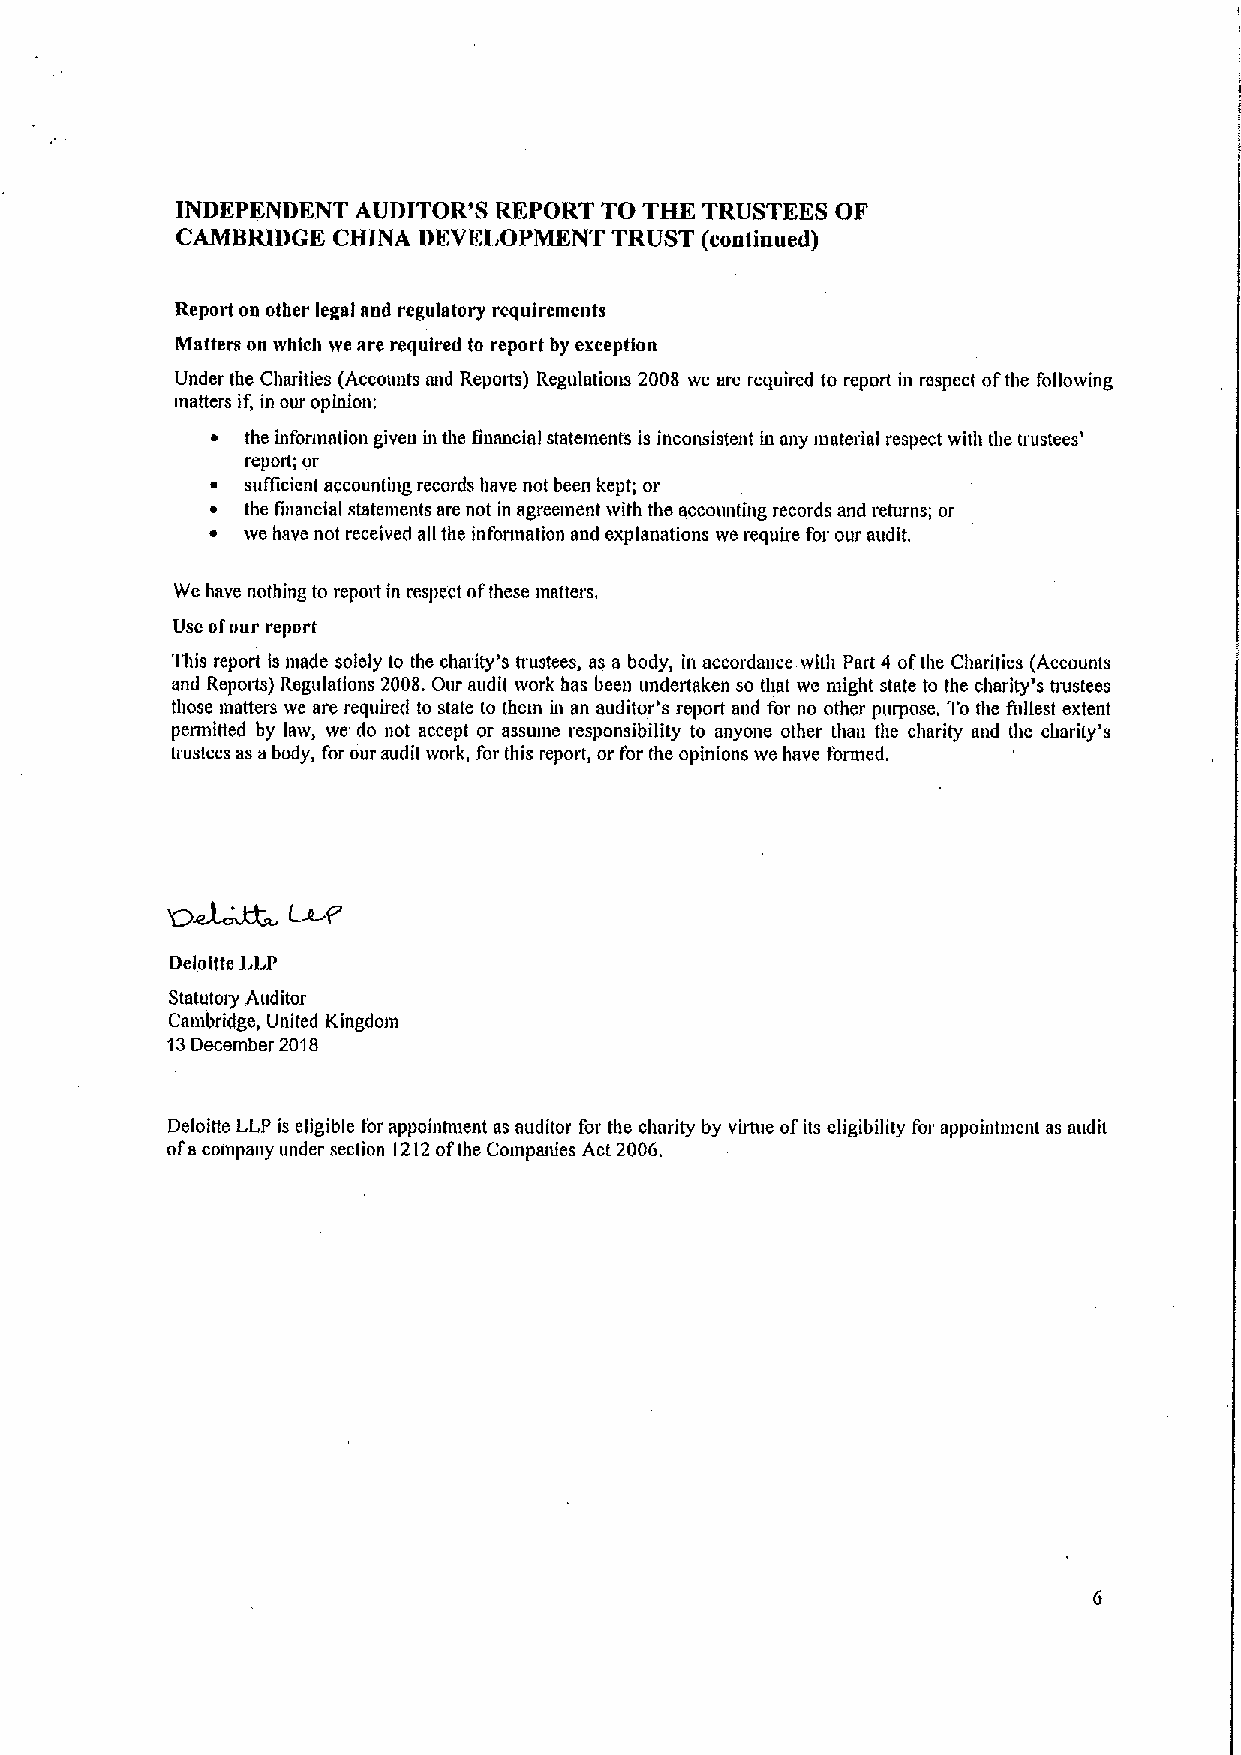
INDEPENDENT AUDITOR'S REPORT TO THE TRUSTEES OF
 CAMBRIDGE CHINA DEVELOPMENT TRUST (continued)
 Report on other legal aad regulatory requirements
 Matters on which we are required to report by exception
 Under the Charities (Accounts nnd Reports) Regulations 2008 we are required to report bt respect ofthe following
 matters if, in our opinion:
 ~ the information given ht the financial statements is inconsistent iu any tnaterial respect with the trustees'
 report; or
 ~ sufficient accounting records have not been kept; or
 ~ the futancial statements are not in agreement with the accounting records and returns; or
 ~ we have not received all the information and explanations we require for our audit.
 We have nothing to repott in respect ofthese matters,
 Use ofour report
 This report Is made solely to the charity's trustees, as a body, in accordance with Part 4 ofthe Charities (Accounts
 and Repotts) Regulations 2008.Our audit work has been undertaken so that we might state to the charity's trustees
 those matters we are required to state to them in an auditor's report and for no other purpose, To the fullest extent
 permitted by law, we do not accept or assume responsibility to anyone other than the charity and the charity's
 trustees as a body, for our audit work, for this report, or for the opinions we have formed.
 Del oilte LLP
 Statutory Auditor
 Cambridge, United Kingdom
 13December 2018
 Deloitte LLP is eligible for appointntent as auditor for the clmrity by vhtue ofits eligibility for appointment as audit
 ofacompany under section 1212ofthe Compruues Act 2006.